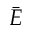
\bar { E }